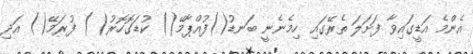
އެންމެ އަޑީގައިވާ ފަށަލަ ތެރޭގައި ހިމެނެނީ ބަނޑު()ފުއްޕާމޭ() ކުޑަގޮހޮރު( ) ފުރަމޭ() އަދި